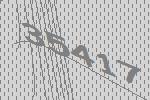
35417